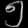
Digit: ၅